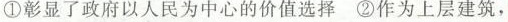
①彰显了政府以人民为中心的价值选择 ②作为上层建筑，